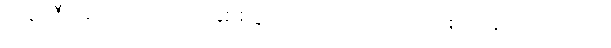
ဘရာဇီးအသင်းသည် ခြေစစ်ပွဲအောင်ခဲ့သော်လည်း စိတ်မအေးရသေး။